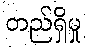
တည်ရှိမှု